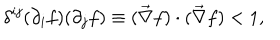
LaTeX: \delta ^ { i j } ( \partial _ { i } f ) ( \partial _ { j } f ) \equiv ( \vec { \nabla } f ) \cdot ( \vec { \nabla } f ) < 1 ,